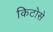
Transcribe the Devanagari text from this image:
किटोसे